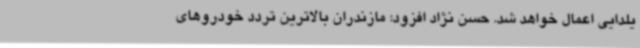
یلدایی اعمال خواهد شد. حسن نژاد افزود: مازندران بالاترین تردد خودروهای